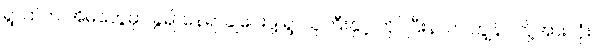
ရွာထဲက အိမ်တွေမှာ ခွဲ၍ နေရာချပေးဖို့ ရွာသူကြီးနှင့် တိုင်ပြီးနာက် ကျွန်ပ်တို့အားလုံး